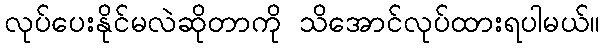
လုပ်ပေးနိုင်မလဲဆိုတာကို သိအောင်လုပ်ထားရပါမယ်။